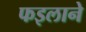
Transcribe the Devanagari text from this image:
फइलाने